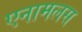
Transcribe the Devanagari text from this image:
एनामलस